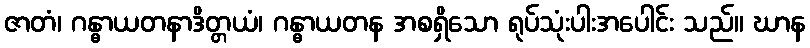
ဇာတံ၊ ဂန္ဓာယတနာဒိတ္တယံ၊ ဂန္ဓာယတန အစရှိသော ရုပ်သုံးပါးအပေါင်း သည်။ ဃာန